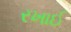
રખાઈ